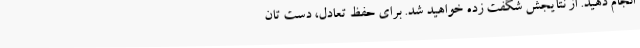
انجام دهید. از نتایجش شگفت زده خواهید شد. برای حفظ تعادل، دست تان